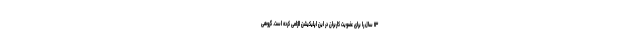
۱۳ سال را برای عضویت کاربران در این اپلیکیشن الزامی کرده است. گروهی